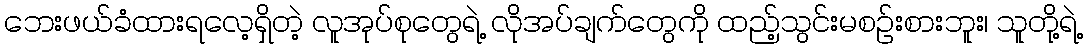
ဘေးဖယ်ခံထားရလေ့ရှိတဲ့ လူအုပ်စုတွေရဲ့ လိုအပ်ချက်တွေကို ထည့်သွင်းမစဉ်းစားဘူး၊ သူတို့ရဲ့